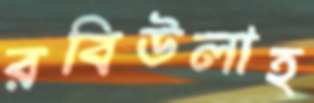
রবিউলাহ